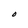
Character: O